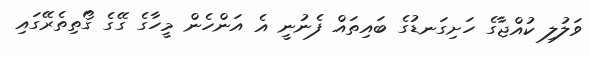
ވަލުލި ކުއްޖާގެ ހަށިގަނޑުގެ ބައިތައް ފެނުނީ އެ އަންހެން މީހާގެ ގޭގެ ގޯތިތެރޭގައި